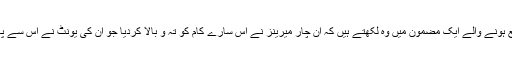
’واشنگٹن پوسٹ‘ میں شائع ہونے والے ایک مضمون میں وہ لکھتے ہیں کہ اُن چار میرینز نے اُس سارے کام کو تہ و بالا کردیا جو اُن کی یونٹ نے اِس سے پہلے سات ماہ میں کیا تھا۔